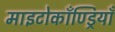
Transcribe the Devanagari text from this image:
माइटोकाँण्ड्रियाँ